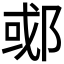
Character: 𬪇